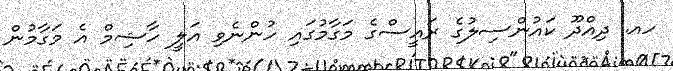
ހއ. ދިއްދޫ ކައުންސިލުގެ ރައީސްގެ މަގާމުގައި ހުންނެވި އަލީ ހާޝިމް އެ މަގާމުން